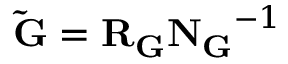
\mathbf { \tilde { G } } = \mathbf { R _ { G } } \mathbf { N _ { G } } ^ { - 1 }